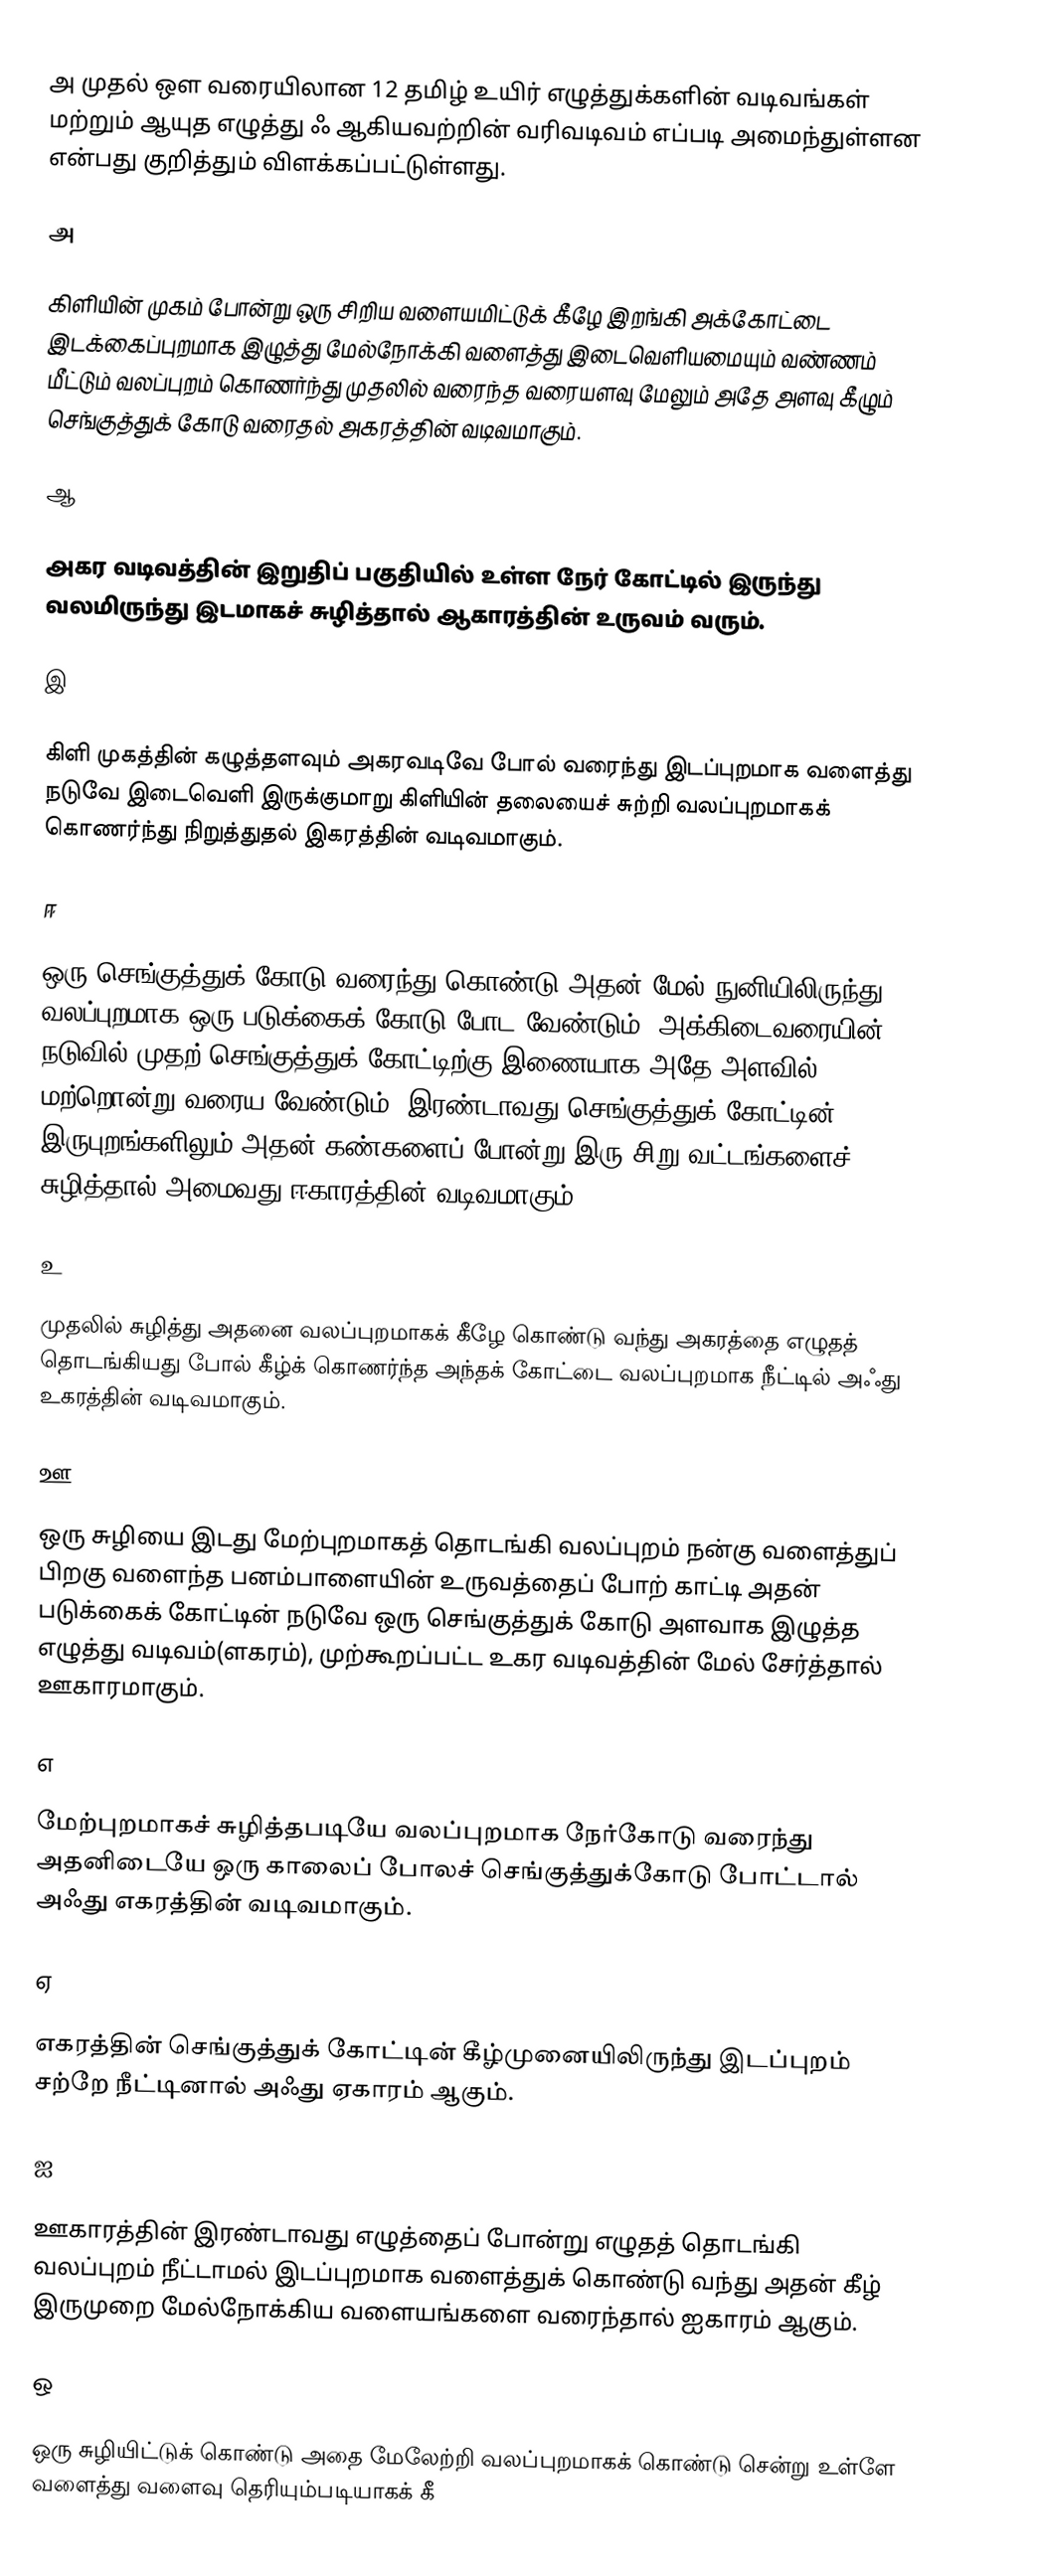
அ முதல் ஔ வரையிலான 12 தமிழ் உயிர் எழுத்துக்களின் வடிவங்கள் மற்றும் ஆயுத எழுத்து ஃ ஆகியவற்றின் வரிவடிவம் எப்படி அமைந்துள்ளன என்பது குறித்தும் விளக்கப்பட்டுள்ளது.

அ

கிளியின் முகம் போன்று ஒரு சிறிய வளையமிட்டுக் கீழே இறங்கி அக்கோட்டை இடக்கைப்புறமாக இழுத்து மேல்நோக்கி வளைத்து இடைவெளியமையும் வண்ணம் மீட்டும் வலப்புறம் கொணர்ந்து முதலில் வரைந்த வரையளவு மேலும் அதே அளவு கீழும் செங்குத்துக் கோடு வரைதல் அகரத்தின் வடிவமாகும்.

ஆ

அகர வடிவத்தின் இறுதிப் பகுதியில் உள்ள நேர் கோட்டில் இருந்து வலமிருந்து இடமாகச் சுழித்தால் ஆகாரத்தின் உருவம் வரும்.

இ

கிளி முகத்தின் கழுத்தளவும் அகரவடிவே போல் வரைந்து இடப்புறமாக வளைத்து நடுவே இடைவெளி இருக்குமாறு கிளியின் தலையைச் சுற்றி வலப்புறமாகக் கொணர்ந்து நிறுத்துதல் இகரத்தின் வடிவமாகும்.

ஈ

ஒரு செங்குத்துக் கோடு வரைந்து கொண்டு அதன் மேல் நுனியிலிருந்து வலப்புறமாக ஒரு படுக்கைக் கோடு போட வேண்டும். அக்கிடைவரையின் நடுவில் முதற் செங்குத்துக் கோட்டிற்கு இணையாக அதே அளவில் மற்றொன்று வரைய வேண்டும். இரண்டாவது செங்குத்துக் கோட்டின் இருபுறங்களிலும் அதன் கண்களைப் போன்று இரு சிறு வட்டங்களைச் சுழித்தால் அமைவது ஈகாரத்தின் வடிவமாகும்.

உ

முதலில் சுழித்து அதனை வலப்புறமாகக் கீழே கொண்டு வந்து அகரத்தை எழுதத் தொடங்கியது போல் கீழ்க் கொணர்ந்த அந்தக் கோட்டை வலப்புறமாக நீட்டில் அஃது உகரத்தின் வடிவமாகும்.

ஊ

ஒரு சுழியை இடது மேற்புறமாகத் தொடங்கி வலப்புறம் நன்கு வளைத்துப் பிறகு வளைந்த பனம்பாளையின் உருவத்தைப் போற் காட்டி அதன் படுக்கைக் கோட்டின் நடுவே ஒரு செங்குத்துக் கோடு அளவாக இழுத்த எழுத்து வடிவம்(ளகரம்), முற்கூறப்பட்ட உகர வடிவத்தின் மேல் சேர்த்தால் ஊகாரமாகும்.

எ

மேற்புறமாகச் சுழித்தபடியே வலப்புறமாக நேர்கோடு வரைந்து அதனிடையே ஒரு காலைப் போலச் செங்குத்துக்கோடு போட்டால் அஃது எகரத்தின் வடிவமாகும்.

ஏ

எகரத்தின் செங்குத்துக் கோட்டின் கீழ்முனையிலிருந்து இடப்புறம் சற்றே நீட்டினால் அஃது ஏகாரம் ஆகும்.

ஐ

ஊகாரத்தின் இரண்டாவது எழுத்தைப் போன்று எழுதத் தொடங்கி வலப்புறம் நீட்டாமல் இடப்புறமாக வளைத்துக் கொண்டு வந்து அதன் கீழ் இருமுறை மேல்நோக்கிய வளையங்களை வரைந்தால் ஐகாரம் ஆகும்.

ஒ

ஒரு சுழியிட்டுக் கொண்டு அதை மேலேற்றி வலப்புறமாகக் கொண்டு சென்று உள்ளே வளைத்து வளைவு தெரியும்படியாகக் கீ